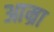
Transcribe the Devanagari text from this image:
आम्रा